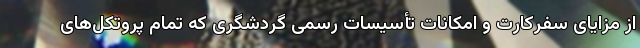
از مزایایِ سفرکارت و امکانات تأسیسات رسمی گردشگری که تمام پروتکل‌های